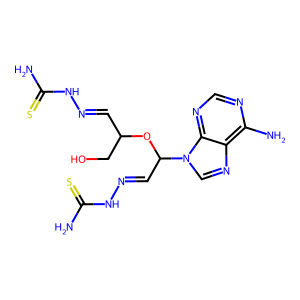
SMILES: NC(=S)NN=CC(CO)OC(C=NNC(N)=S)n1cnc2c(N)ncnc21
Inhibits HIV replication: No